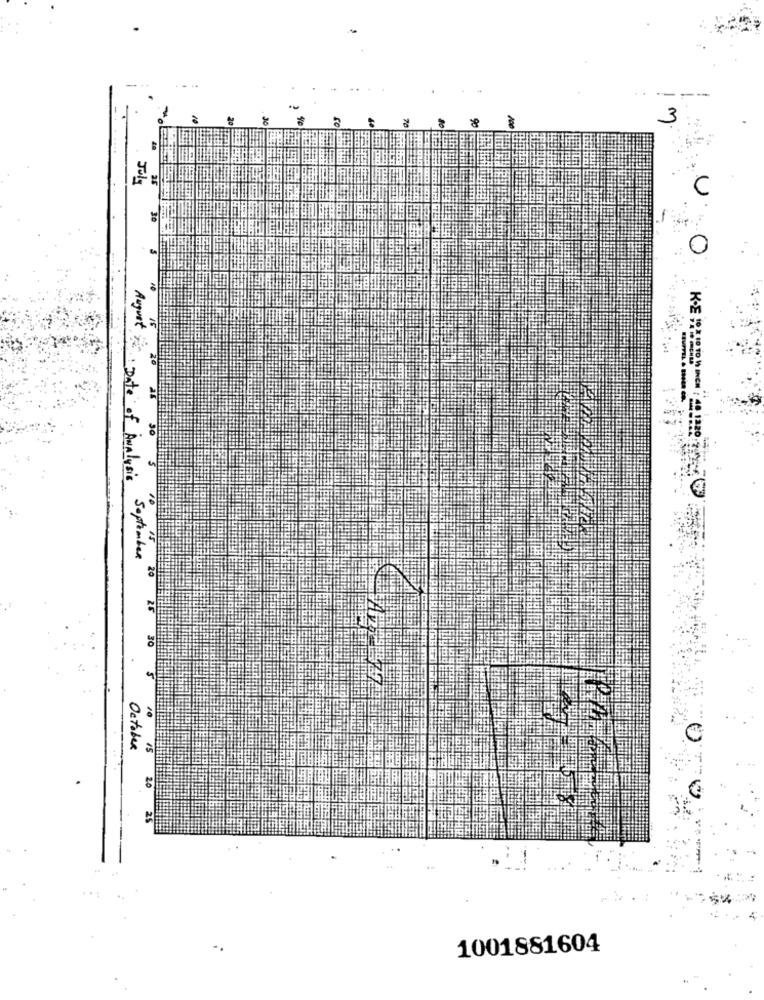
-
M
Joly
U
07
30
August is: Date of Analysis
September
20
30
10
October
15
25
1001881604